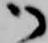
御